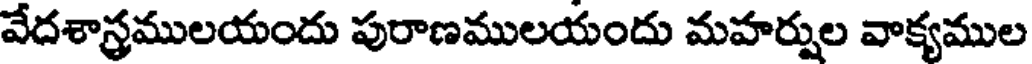
వేదశాస్రములయందు పురాణములయందు మహర్షుల వాక్యముల